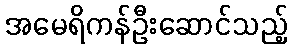
အမေရိကန်ဦးဆောင်သည့်